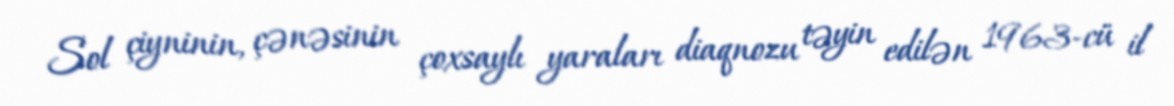
Sol çiyninin, çənəsinin çoxsaylı yaraları diaqnozu təyin edilən 1963-cü il